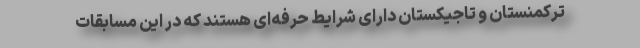
ترکمنستان و تاجیکستان دارای شرایط حرفه‌ای هستند که در این مسابقات